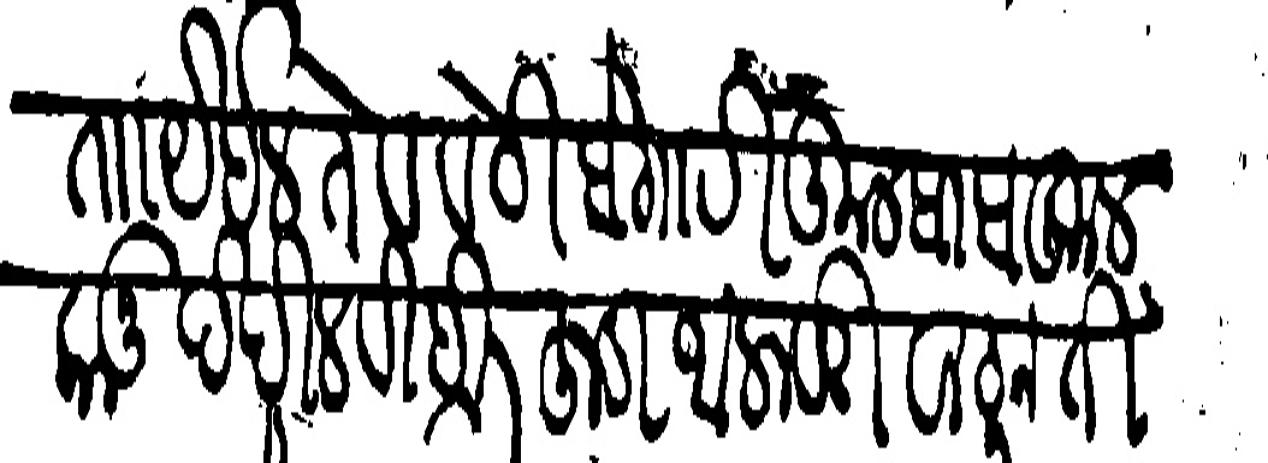
Transliteration (Devanagari):  ताा येईल ते व वेठीबेगारी कुलबाब कुल कानु देखील विहीर हुडा आलावरी वाठुन ती